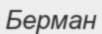
Берман